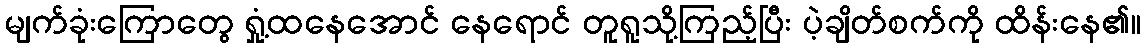
မျက်ခုံးကြောတွေ ရှုံ့ထနေအောင် နေရောင် တူရူသို့ကြည့်ပြီး ပဲ့ချိတ်စက်ကို ထိန်းနေ၏။